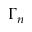
\Gamma _ { n }